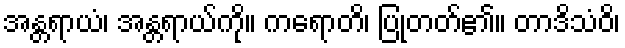
အန္တရာယံ၊ အန္တရာယ်ကို။ ကရောတိ၊ ပြုတတ်၏။ တာဒိသံဝိ၊